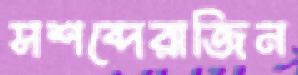
সশব্দেরাজিন